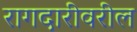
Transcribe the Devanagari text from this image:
रागदारीवरील